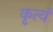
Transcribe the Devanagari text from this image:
कृत्यं